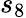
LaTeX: s_{8}